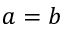
a = b